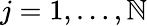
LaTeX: j=1,\ldots,\mathbb{N}